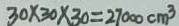
3 0 \times 3 0 \times 3 0 = 2 7 0 0 0 c m ^ { 3 }